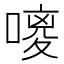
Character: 𪢃